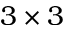
3 \times 3